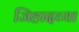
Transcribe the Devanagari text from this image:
जिहादच्या